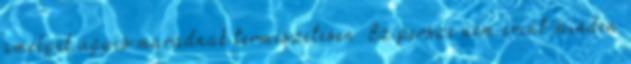
amelyek úgyis maradnak természetesen. Ez persze nem érint minden